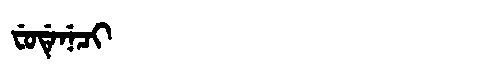
Manchu: ᠸᡠᡩᡝᠨᡝᠴᡳ
Romanization: FUDENECI